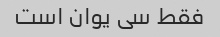
فقط سی یوان است